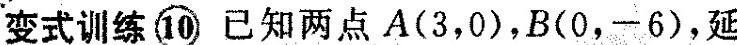
变式训练⑩ 已知两点A(3，0)，B(0，-6)，延